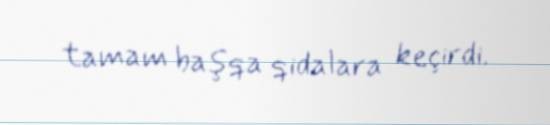
tamam başqa qidalara keçirdi.